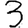
Digit: 3